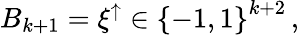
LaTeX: \begin{array}{r}{B_{k+1}=\xi^{\uparrow}\in\left\{ -1,1\right\} ^{k+2}\, ,}\end{array}